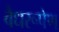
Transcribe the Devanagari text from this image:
वैधरूपेण